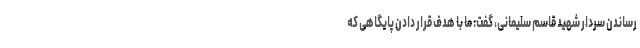
رساندن سردار شهید قاسم سلیمانی، گفت: ما با هدف قرار دادن پایگاهی که